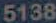
5138